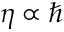
\eta \propto \hbar